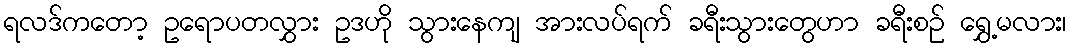
ရလဒ်ကတော့ ဥရောပတလွှား ဥဒဟို သွားနေကျ အားလပ်ရက် ခရီးသွားတွေဟာ ခရီးစဉ် ရွှေ့မလား၊